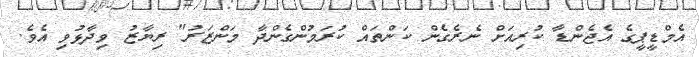
އެމްޑީޕީގެ އެޖެންޑާ ކުރިއަށް ނެރެގެން ކަންތައް ކުރަމުންގެންދާ މަންޒަރު" ރިޔާޒު ވިދާޅުވި އެވެ.